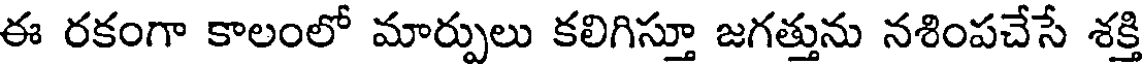
ఈ రకంగా కాలంలో మార్పులు కలిగిస్తూ జగత్తును నశింపచేసే శక్తి